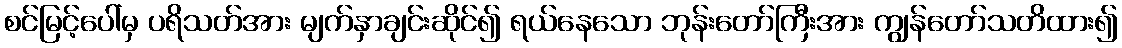
စင်မြင့်ပေါ်မှ ပရိသတ်အား မျက်နှာချင်းဆိုင်၍ ရယ်နေသော ဘုန်းတော်ကြီးအား ကျွန်တော်သတိထား၍